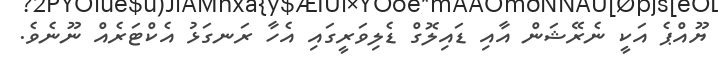
ޔޫއްޕެ އަކީ ނެރޭޝަން އާއި ޑައިލޮގް ޑެލިވަރީގައި އެހާ ރަނގަޅު އެކްޓަރެއް ނޫނެވެ.